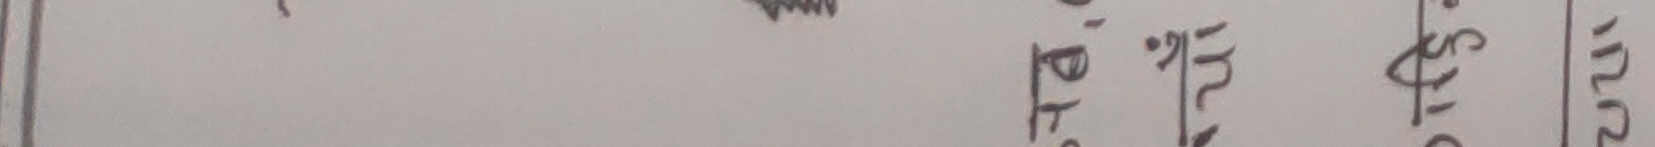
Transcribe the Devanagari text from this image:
हे. खुनी , पो.स्टू ,